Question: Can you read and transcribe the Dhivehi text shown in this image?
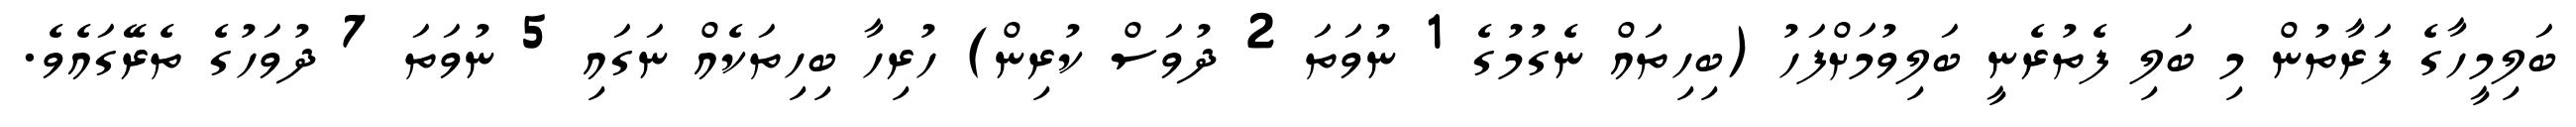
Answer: ބަލިމީހާގެ ފަރާތުން މި ބަލި ފެތުރެނީ ބަލިވުމަށްފަހު (ބިހިތައް ނެގުމުގެ 1 ނުވަތަ 2 ދުވަސް ކުރިން) ހުރިހާ ބިހިތަކެއް ނަގައި 5 ނުވަތަ 7 ދުވަހުގެ ތެރޭގައެވެ.